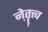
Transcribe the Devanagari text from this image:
ने्तॄत्त्व